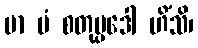
မာ မံ စတုပ္ပဒေါ ဟိံသိ၊